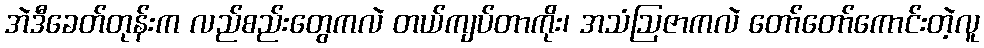
အဲဒီခေတ်တုန်းက လည်စည်းတွေကလဲ တယ်ကျပ်တာကိုး၊ အသံဩဇာကလဲ တော်တော်ကောင်းတဲ့လူ